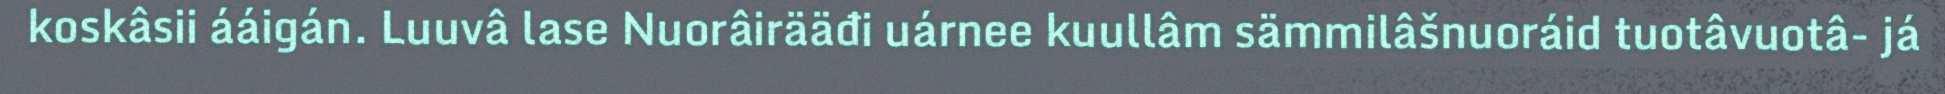
koskâsii ááigán. Luuvâ lase Nuorâirääđi uárnee kuullâm sämmilâšnuoráid tuotâvuotâ- já